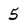
Character: 5